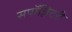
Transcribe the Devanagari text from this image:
सपॉज़िटरी